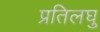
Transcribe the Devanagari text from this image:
प्रतिलघु